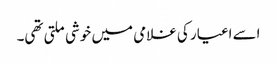
اسے اغیار کی غلامی میں خوشی ملتی تھی۔